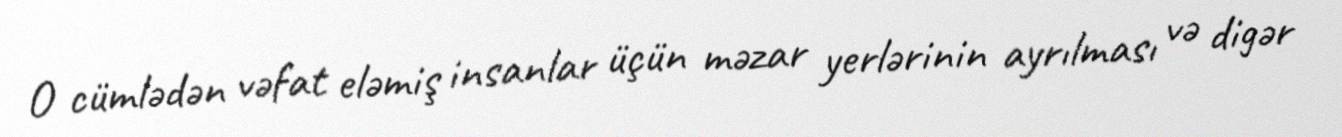
O cümlədən vəfat eləmiş insanlar üçün məzar yerlərinin ayrılması və digər